Vaccine operations Central Provinces 1868-1885 - 1868-1885
Year: 1868
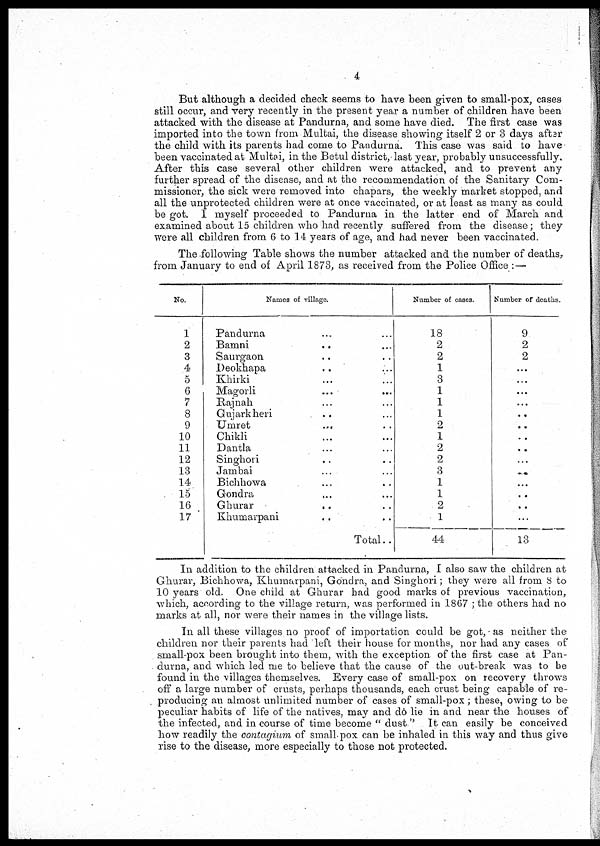
4
But although a decided check seems to have been given to small-pox, cases
still occur, and very recently in the present year a number of children have been
attacked with the disease at Pandurna, and some have died. The first case was
imported into the town from Multai, the disease showing itself 2 or 3 days after
the child with its parents had come to Pandurna. This case was said to have
been vaccinated at Multai, in the Betul district, last year, probably unsuccessfully.
After this case several other children were attacked, and to prevent any
further spread of the disease, and at the recommendation of the Sanitary Com-
missioner, the sick were removed into chapars, the weekly market stopped, and
all the unprotected children were at once vaccinated, or at least as many as could
be got. I myself proceeded to Pandurna in the latter end of March and
examined about 15 children who had recently suffered from the disease; they
were all children from 6 to 14 years of age, and had never been vaccinated.
The following Table shows the number attacked and the number of deaths,
from January to end of April 1873, as received from the Police Office :—
No.
1
2
3
4
5
6
7
8
9
10
11
12
13
14
15
16
17
Names of village.
Pandurna ... ...
Bamni ... ...
Saurgaon ... ...
Deokhapa ... ...
Khirki ... ...
Magorli ... ...
Rajnah ... ...
Gujarkheri
... ...
Umret
...
...
Chikli ... ...
Dantla ... ...
Singhori
... ...
Jainbai ... ...
Bichhowa ... ...
Gondra
... ...
Ghurar
...
...
Khuniarpani ... ...
Total..
Number of cases.
18
2
2
1
3
1
1
1
2
1
2
2
3
1
1
2
1
44
Number of deaths.
9
2
2
...
...
...
...
...
...
...
...
...
...
...
...
...
...
13
In addition to the children attacked in Pandurna, I also saw the children at
Ghurar, Bichhowa, Khumarpani, Gondra, and Singhori; they were all from 8 to
10 years old. One child at Ghurar had good marks of previous vaccination,
which, according to the village return, was performed in 1867 ; the others had no
marks at all, nor were their names in the village lists.
In all these villages no proof of importation could be got, as neither the
children nor their parents had left their house for months, nor had any cases of
small-pox been brought into them, with the exception of the first case at Pan-
durna, and which led me to believe that the cause of the out-break was to be
found in the villages themselves. Every case of small-pox on recovery throws
off a large number of crusts, perhaps thousands, each crust being capable of re-
producing an almost unlimited number of cases of small-pox; these, owing to be
peculiar habits of life of the natives, may and do lie in and near the houses of
the infected, and in course of time become "dust " It can easily be conceived
how readily the contagium of small-pox can be inhaled in this way and thus give
rise to the disease, more especially to those not protected.